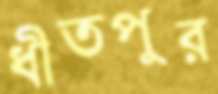
ধীতপুর